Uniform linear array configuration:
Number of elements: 24
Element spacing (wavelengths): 0.75
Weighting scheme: kaiser
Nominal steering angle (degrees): -15
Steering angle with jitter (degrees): -16.63
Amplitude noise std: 0.05
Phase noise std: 0.05

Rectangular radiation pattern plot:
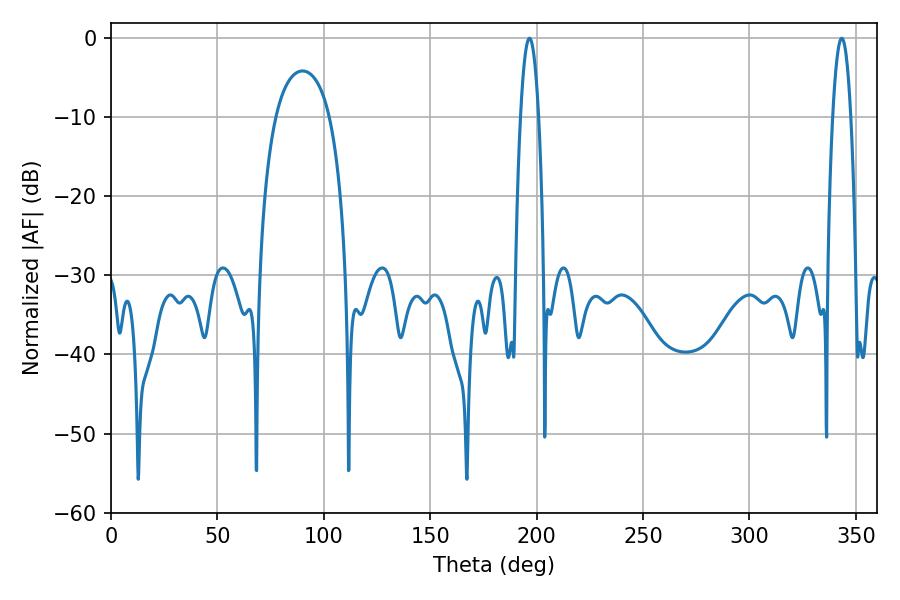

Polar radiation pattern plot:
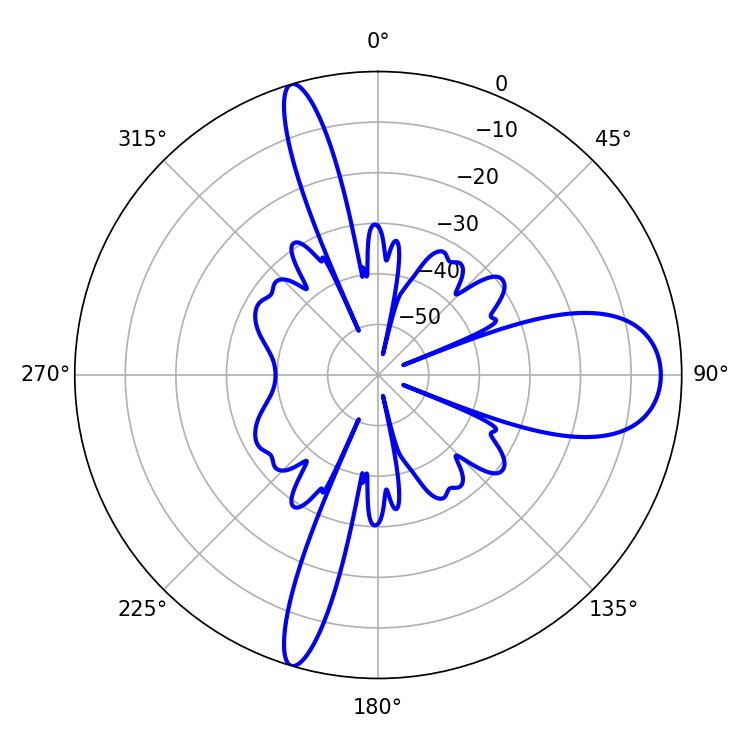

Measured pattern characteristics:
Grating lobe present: TRUE
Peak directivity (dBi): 14.104
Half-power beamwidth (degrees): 4.68
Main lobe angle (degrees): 196.56